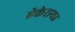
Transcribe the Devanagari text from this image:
ऐकेरायड